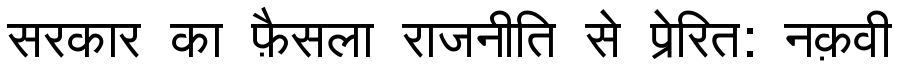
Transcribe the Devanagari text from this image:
सरकार का फ़ैसला राजनीति से प्रेरित: नक़वी